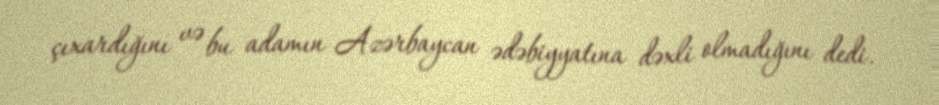
çıxardığını və bu adamın Azərbaycan ədəbiyyatına dəxli olmadığını dedi.